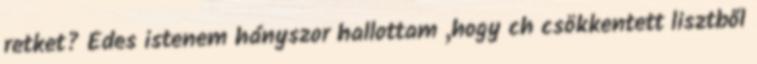
retket? Édes istenem hányszor hallottam ,hogy ch csökkentett lisztből